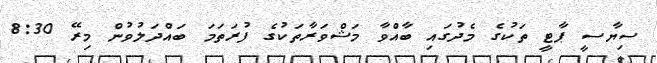
ސިޔާސީ ޕާޓީ ތަކުގެ މެދުގައި ބާއްވާ މަޝްވަރާތަކުގެ ފުރަތަމަ ބައްދަލުވުން މިރޭ 8:30